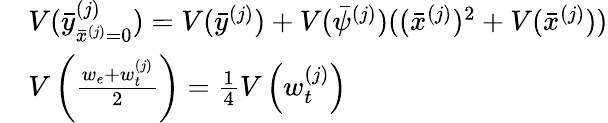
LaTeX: \begin{array}{rl}&{V(\bar{y}_{\bar{x}^{(j)}=0}^{(j)})=V(\bar{y}^{(j)})+V(\bar{\psi}^{(j)})((\bar{x}^{(j)})^{2}+V(\bar{x}^{(j)}))}\\ &{V\left(\frac{w_{e}+w_{t}^{(j)}}{2}\right)=\frac{1}{4}V\left(w_{t}^{(j)}\right)}\end{array}